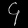
Digit: ၄